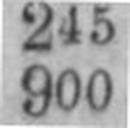
900